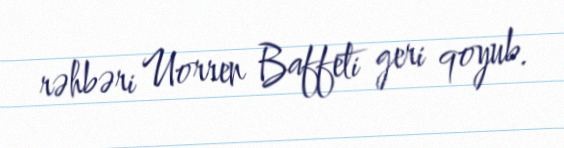
rəhbəri Uorren Baffeti geri qoyub.